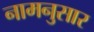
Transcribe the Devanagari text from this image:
नामनुसार